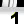
Digit: 1